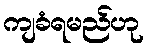
ကျခံရမည်ဟု